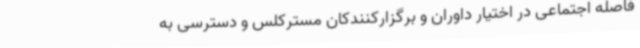
فاصله اجتماعی در اختیار داوران و برگزارکنندکان مسترکلس و دسترسی به